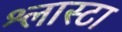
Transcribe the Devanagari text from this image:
श्लास्टा